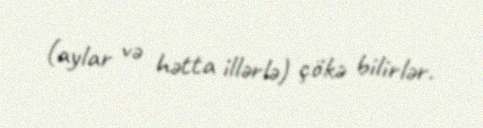
(aylar və hətta illərlə) çökə bilirlər.